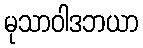
မုသာဝါဒဘယာ